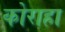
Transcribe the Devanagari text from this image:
कोराहा